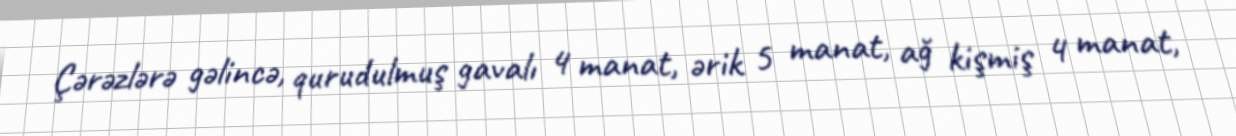
Çərəzlərə gəlincə, qurudulmuş gavalı 4 manat, ərik 5 manat, ağ kişmiş 4 manat,